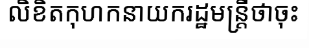
លិខិតកុហកនាយករដ្ឋមន្ត្រីថាចុះ